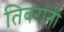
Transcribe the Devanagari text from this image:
तिवरांनी